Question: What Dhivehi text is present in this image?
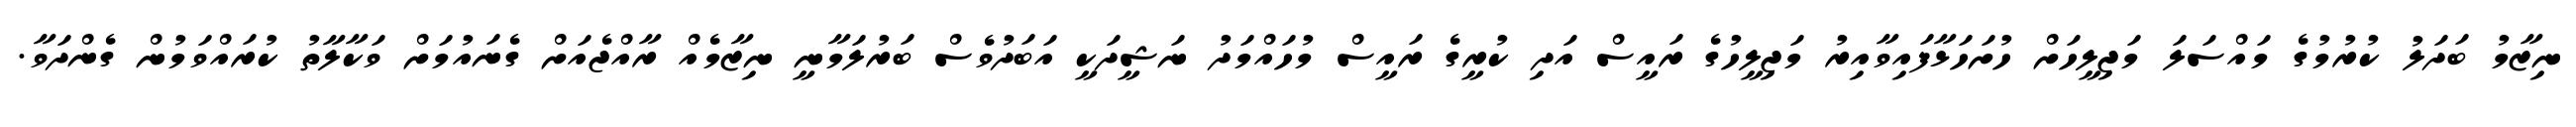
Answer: ނިޒާމު ބަދަލު ކުރުމުގެ މައްސަލަ މަޖިލީހަށް ހުށަހަޅާފައިވާއިރު މަޖިލީހުގެ ރައީސް އަދި ކުރީގެ ރައީސް މުހައްމަދު ނަޝީދަކީ އަބަދުވެސް ބަރުލަމާނީ ނިޒާމެއް ރާއްޖެއަށް ގެނައުމަށް ވަކާލާތު ކުރައްވަމުން ގެންދަވާ.